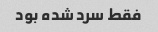
فقط سرد شده بود